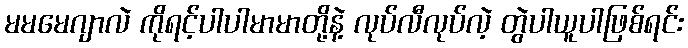
မမမေဂျာလဲ ကိုရင့်ပါပါမာမာတို့နဲ့ လုပ်လီလုပ်လဲ့ တွဲပါယူပါဖြစ်ရင်း